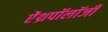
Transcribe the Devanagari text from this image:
ऐंथ्रपॉलॉजी